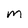
Character: M